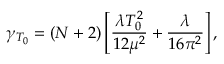
\gamma _ { T _ { 0 } } = ( N + 2 ) \left[ \frac { \lambda T _ { 0 } ^ { 2 } } { 1 2 \mu ^ { 2 } } + \frac { \lambda } { 1 6 \pi ^ { 2 } } \right] ,